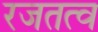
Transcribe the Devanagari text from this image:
रजतत्व